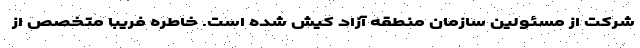
شرکت از مسئولین سازمان منطقه آزاد کیش شده است. خاطره فریبا متخصص از